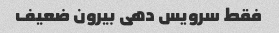
فقط سرویس دهی بیرون ضعیف